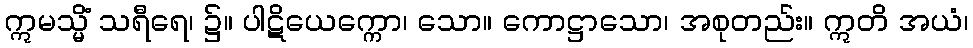
ဣမသ္မိံ သရီရေ၊ ၌။ ပါဋိယေက္ကော၊ သော။ ကောဋ္ဌာသော၊ အစုတည်း။ ဣတိ အယံ၊